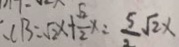
. C B = \sqrt { 2 } x + \frac { \sqrt { 2 } } { 2 } x = \frac { 5 } { 2 } \sqrt { 2 } x